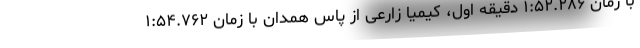
با زمان ۱:۵۲.۲۸۶ دقیقه اول، کیمیا زارعی از پاس همدان با زمان ۱:۵۴.۷۶۲